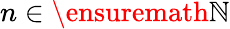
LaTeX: n\in\ensuremath{\mathbb{N}}